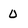
Character: O